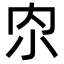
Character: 𫴹